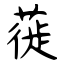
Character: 蓰